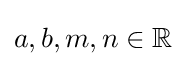
a,b,m,n\in \mathbb {R}